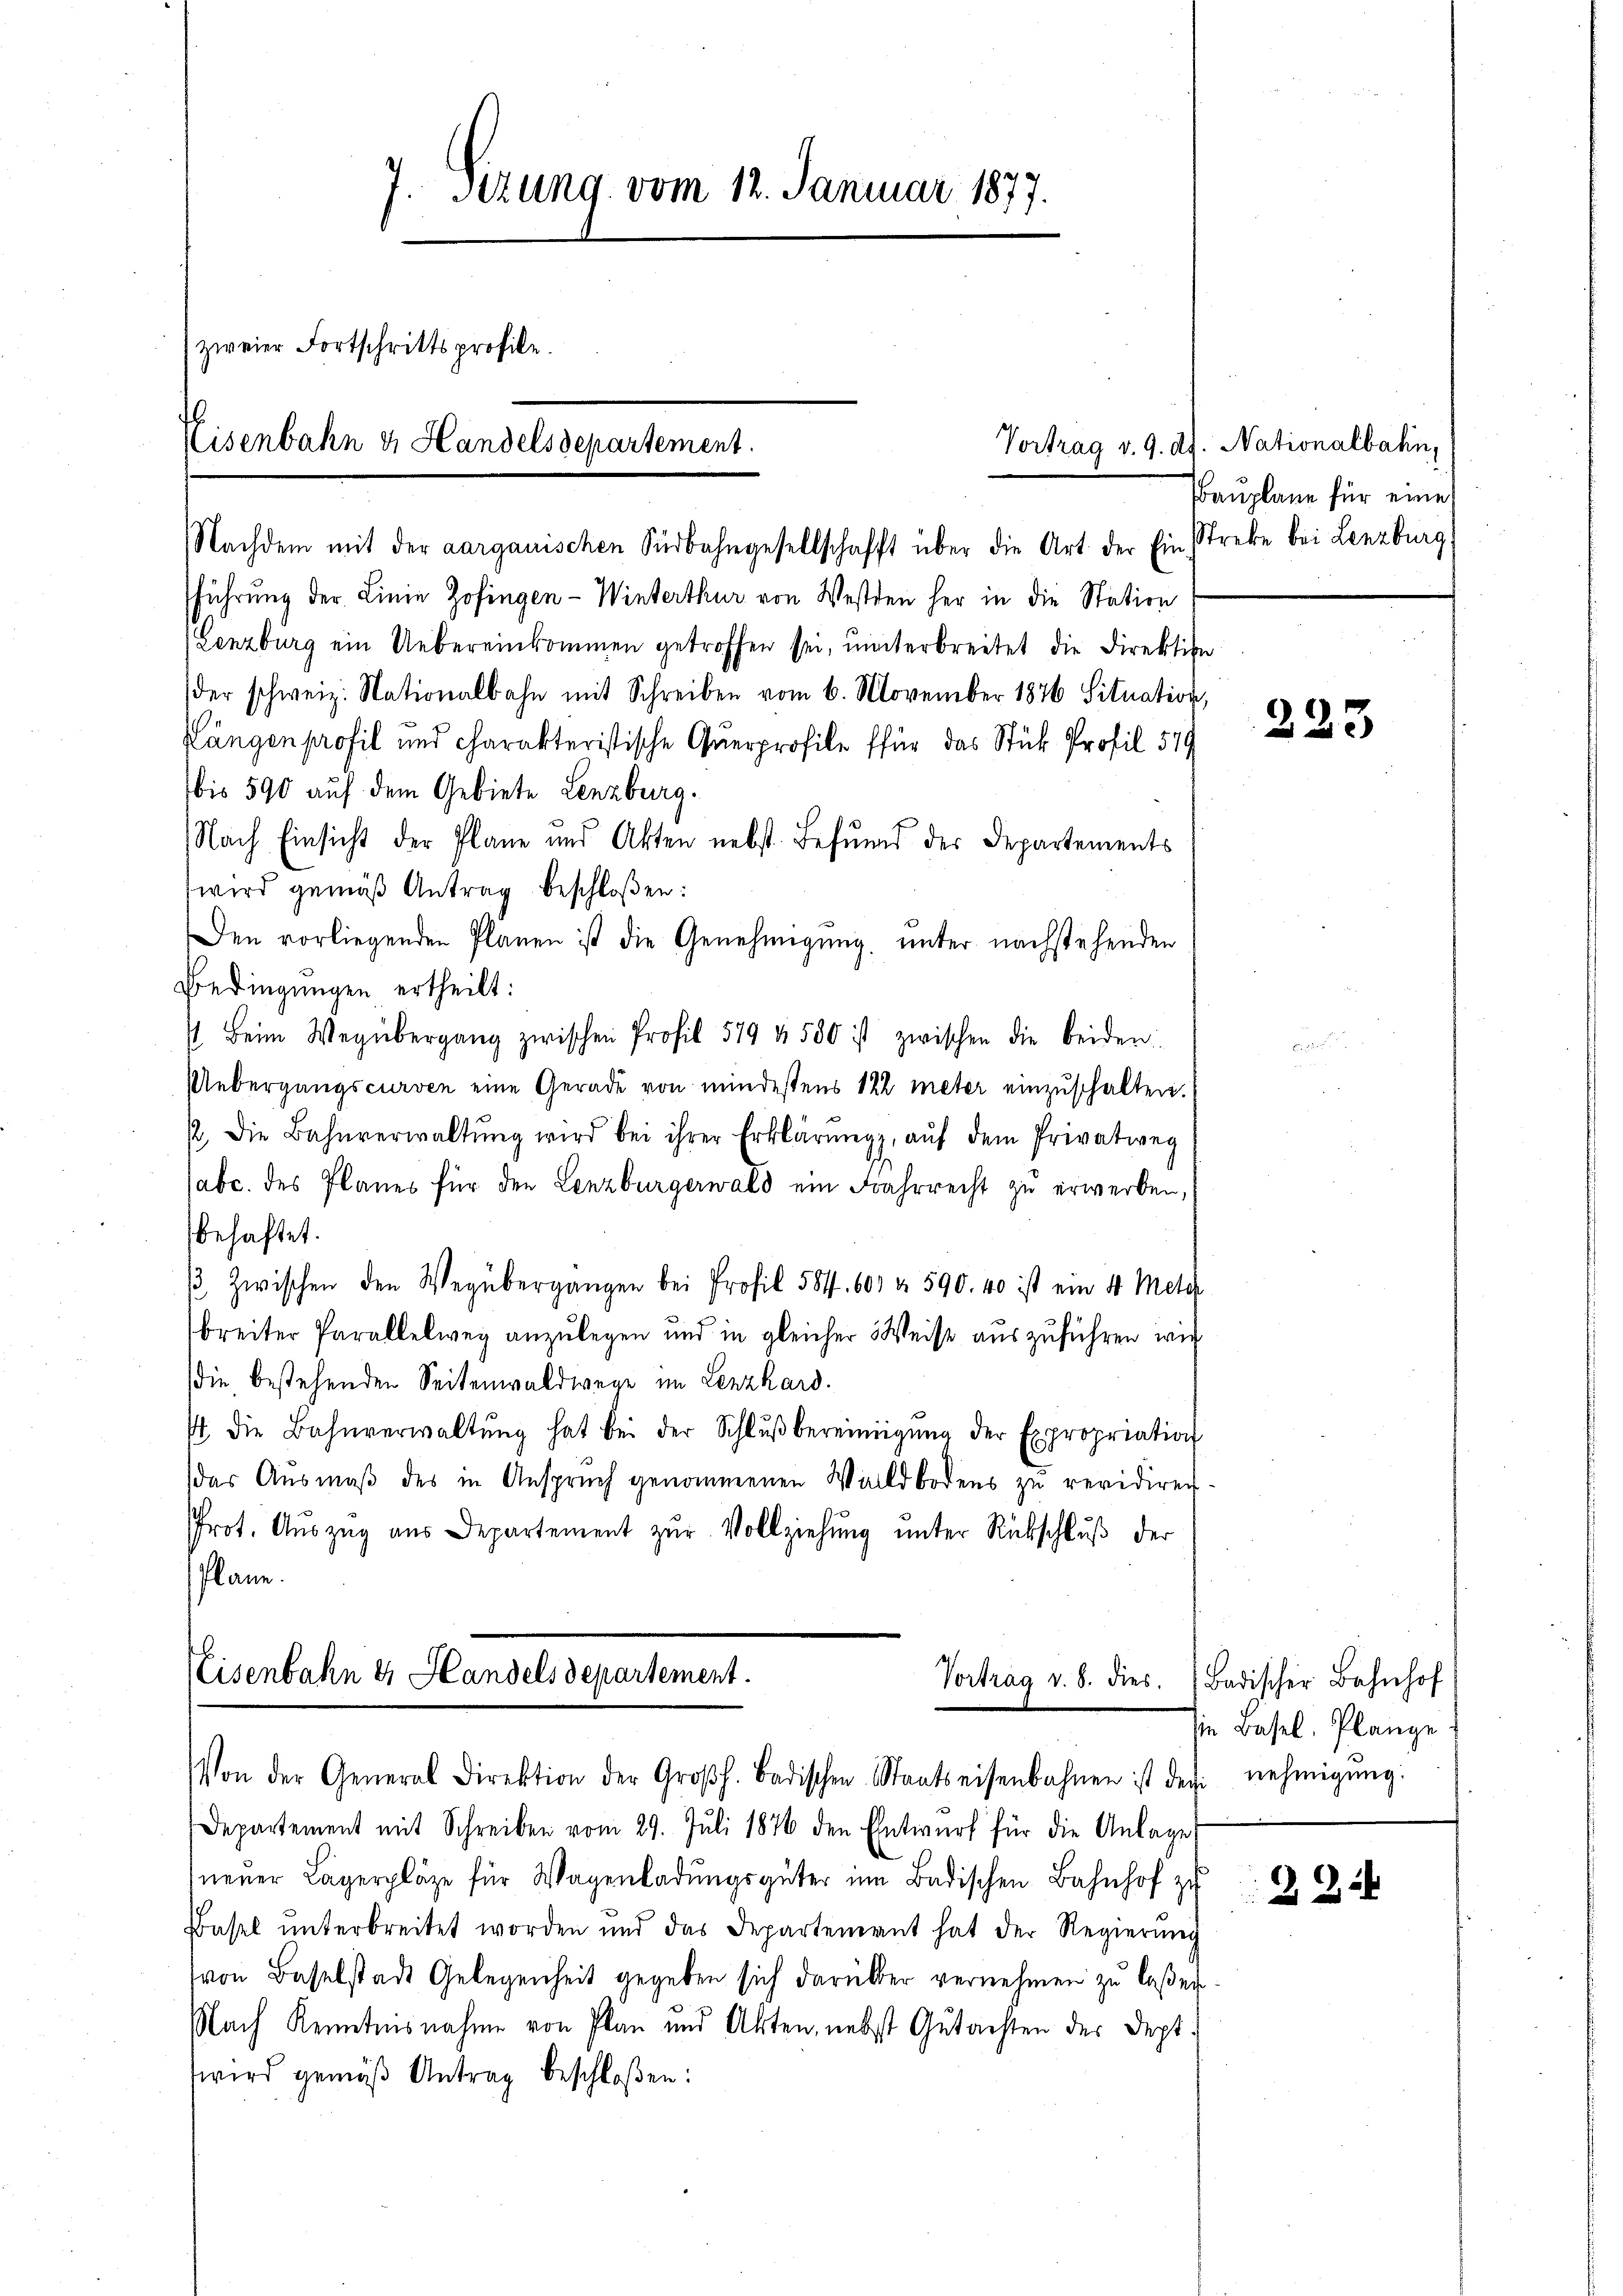
7. Setzung vom 12. Januar 1877.
(zweier Fortschrittsprofile.
Eisenbahn u. Handelsdepartement.

führung der Linie Zofingen-Winterthur von Westden her in die Station
Lenzburg ein Uebereinkommen getroffen sei, unterbreitet die Direktion
der schweiz. Nationalbahn mit Schreiben vom 6. November 1876 Situation,
Längen profil und charakteristische Querprofile für das Stück Profil 579
bis 590 auf dem Gebiete Lenzburg.
Nach Einsicht der Plane und Akten nebst befŭnd der Departements
wird gemäβ Antrag beschloßen:
Den vorliegenden Planen ist die Genehmigung unter nachstehenden
Bedingungen ertheilt:
st Beim Wegübergang zwischen Profil 579 f. 580 ist zwischen die beiden
Uebergangscurven eine Gerade von mindestens 122 meter einzuschalten.
/2, die Bahnverwaltŭng wird bei ihrer Erklärung, aŭf dem Privatweg
sabc. des Planes für den Lenzburgerwald ein Jahrrecht zu erwerben,
behaftet.
Zwischen den Wegübergangen bei Profil 584. 607 u. 590. 40 ist ein 4 Meter
breiter Parallelweg anzulegen und in gleicher Weise auszuführen wir
die bestehenden Seitenwaldwege im Lenzkard.
st die Bahnverwaltŭng hat bei der Schlŭβbereinigŭng der Expropriation
das Aŭsmaβ des in Ansprŭch genommenen Waldbodens zŭ revidiren.
Prot. Aŭszŭg ans Departement zŭr Vollziehung unter Rückschluß der
Plane.

Nachdem mit der aargauischen Südbahngesellschafft über die Art der Ein strebe bei Lenzburg,

Eisenbahn & Handels departement.
Vortrag v. 8. dies
Von der General Direktion der Großh. Badischen Staatseisenbahnen ist der nehmigŭng:

Departement mit Schreiben vom 29. Juli 1876 den Entwurf für die Anlage
neuer Lagerpläge für Wagenladungsgüter im Badischen Bahnhof zu
Basel ŭnterbreitet worden und das Departement hat der Regierŭng
(von Baselstadt Gelegenheit gegeben sich darüber vernehmen zu laßen
Nach Kenntnisnahme von Plan und Akten, nebst Gutachten der Dept
wird gemäβ Antrag beschloßen:

Vortrag v. 9. dh. Nationalbahn,
Bauplane für eine

223

Badischer Bahnhof
sie Basel, Plange

225